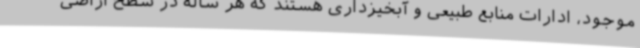
موجود، ادارات منابع طبیعی و آبخیزداری هستند که هر ساله در سطح اراضی